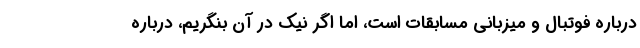
درباره فوتبال و میزبانی مسابقات است، اما اگر نیک در آن بنگریم، درباره